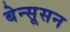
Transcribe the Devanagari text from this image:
बेन्सूसन